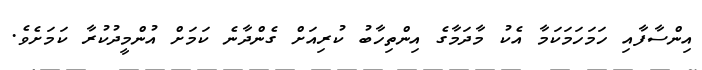
އިންސާފާއި ހަމަހަމަކަމާ އެކު މާދަމާގެ އިންތިހާބު ކުރިއަށް ގެންދާނެ ކަމަށް އުންމީދުކުރާ ކަމަށެވެ.